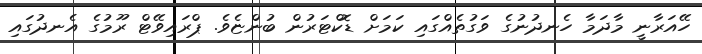
ހޭއަރާނީ މާދަމާ ހެނދުނުގެ ވަގުތެއްގައި ކަމަށް ޑޮކްޓަރުން ބުންޏެވެ. ޕްރައިވޭޓް ރޫމުގެ އެނދުގައި